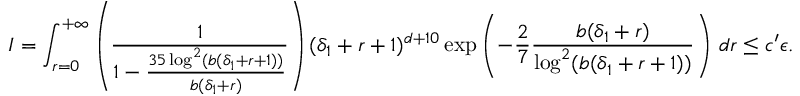
I = \int _ { r = 0 } ^ { + \infty } \left( \frac { 1 } { 1 - \frac { 3 5 \log ^ { 2 } ( b ( \delta _ { 1 } + r + 1 ) ) } { b ( \delta _ { 1 } + r ) } } \right) ( \delta _ { 1 } + r + 1 ) ^ { d + 1 0 } \exp \left( - \frac { 2 } { 7 } \frac { b ( \delta _ { 1 } + r ) } { \log ^ { 2 } ( b ( \delta _ { 1 } + r + 1 ) ) } \right) \, d r \leq c ^ { \prime } \epsilon .